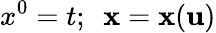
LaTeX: x^{0}=t;~~{\mathbf x}={\mathbf x}({\mathbf u})